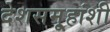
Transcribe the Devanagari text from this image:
देशसमू्हांशी